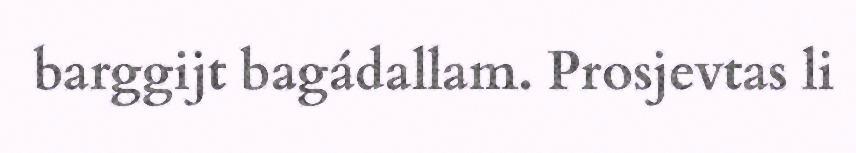
barggijt bagádallam. Prosjevtas li